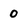
Character: 0